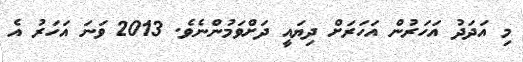
މި އަދަދު އަހަރުން އަހަރަށް ދިޔައީ ދަށްވަމުންނެވެ. 2013 ވަނަ އަހަރު އެ